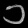
Digit: ၁